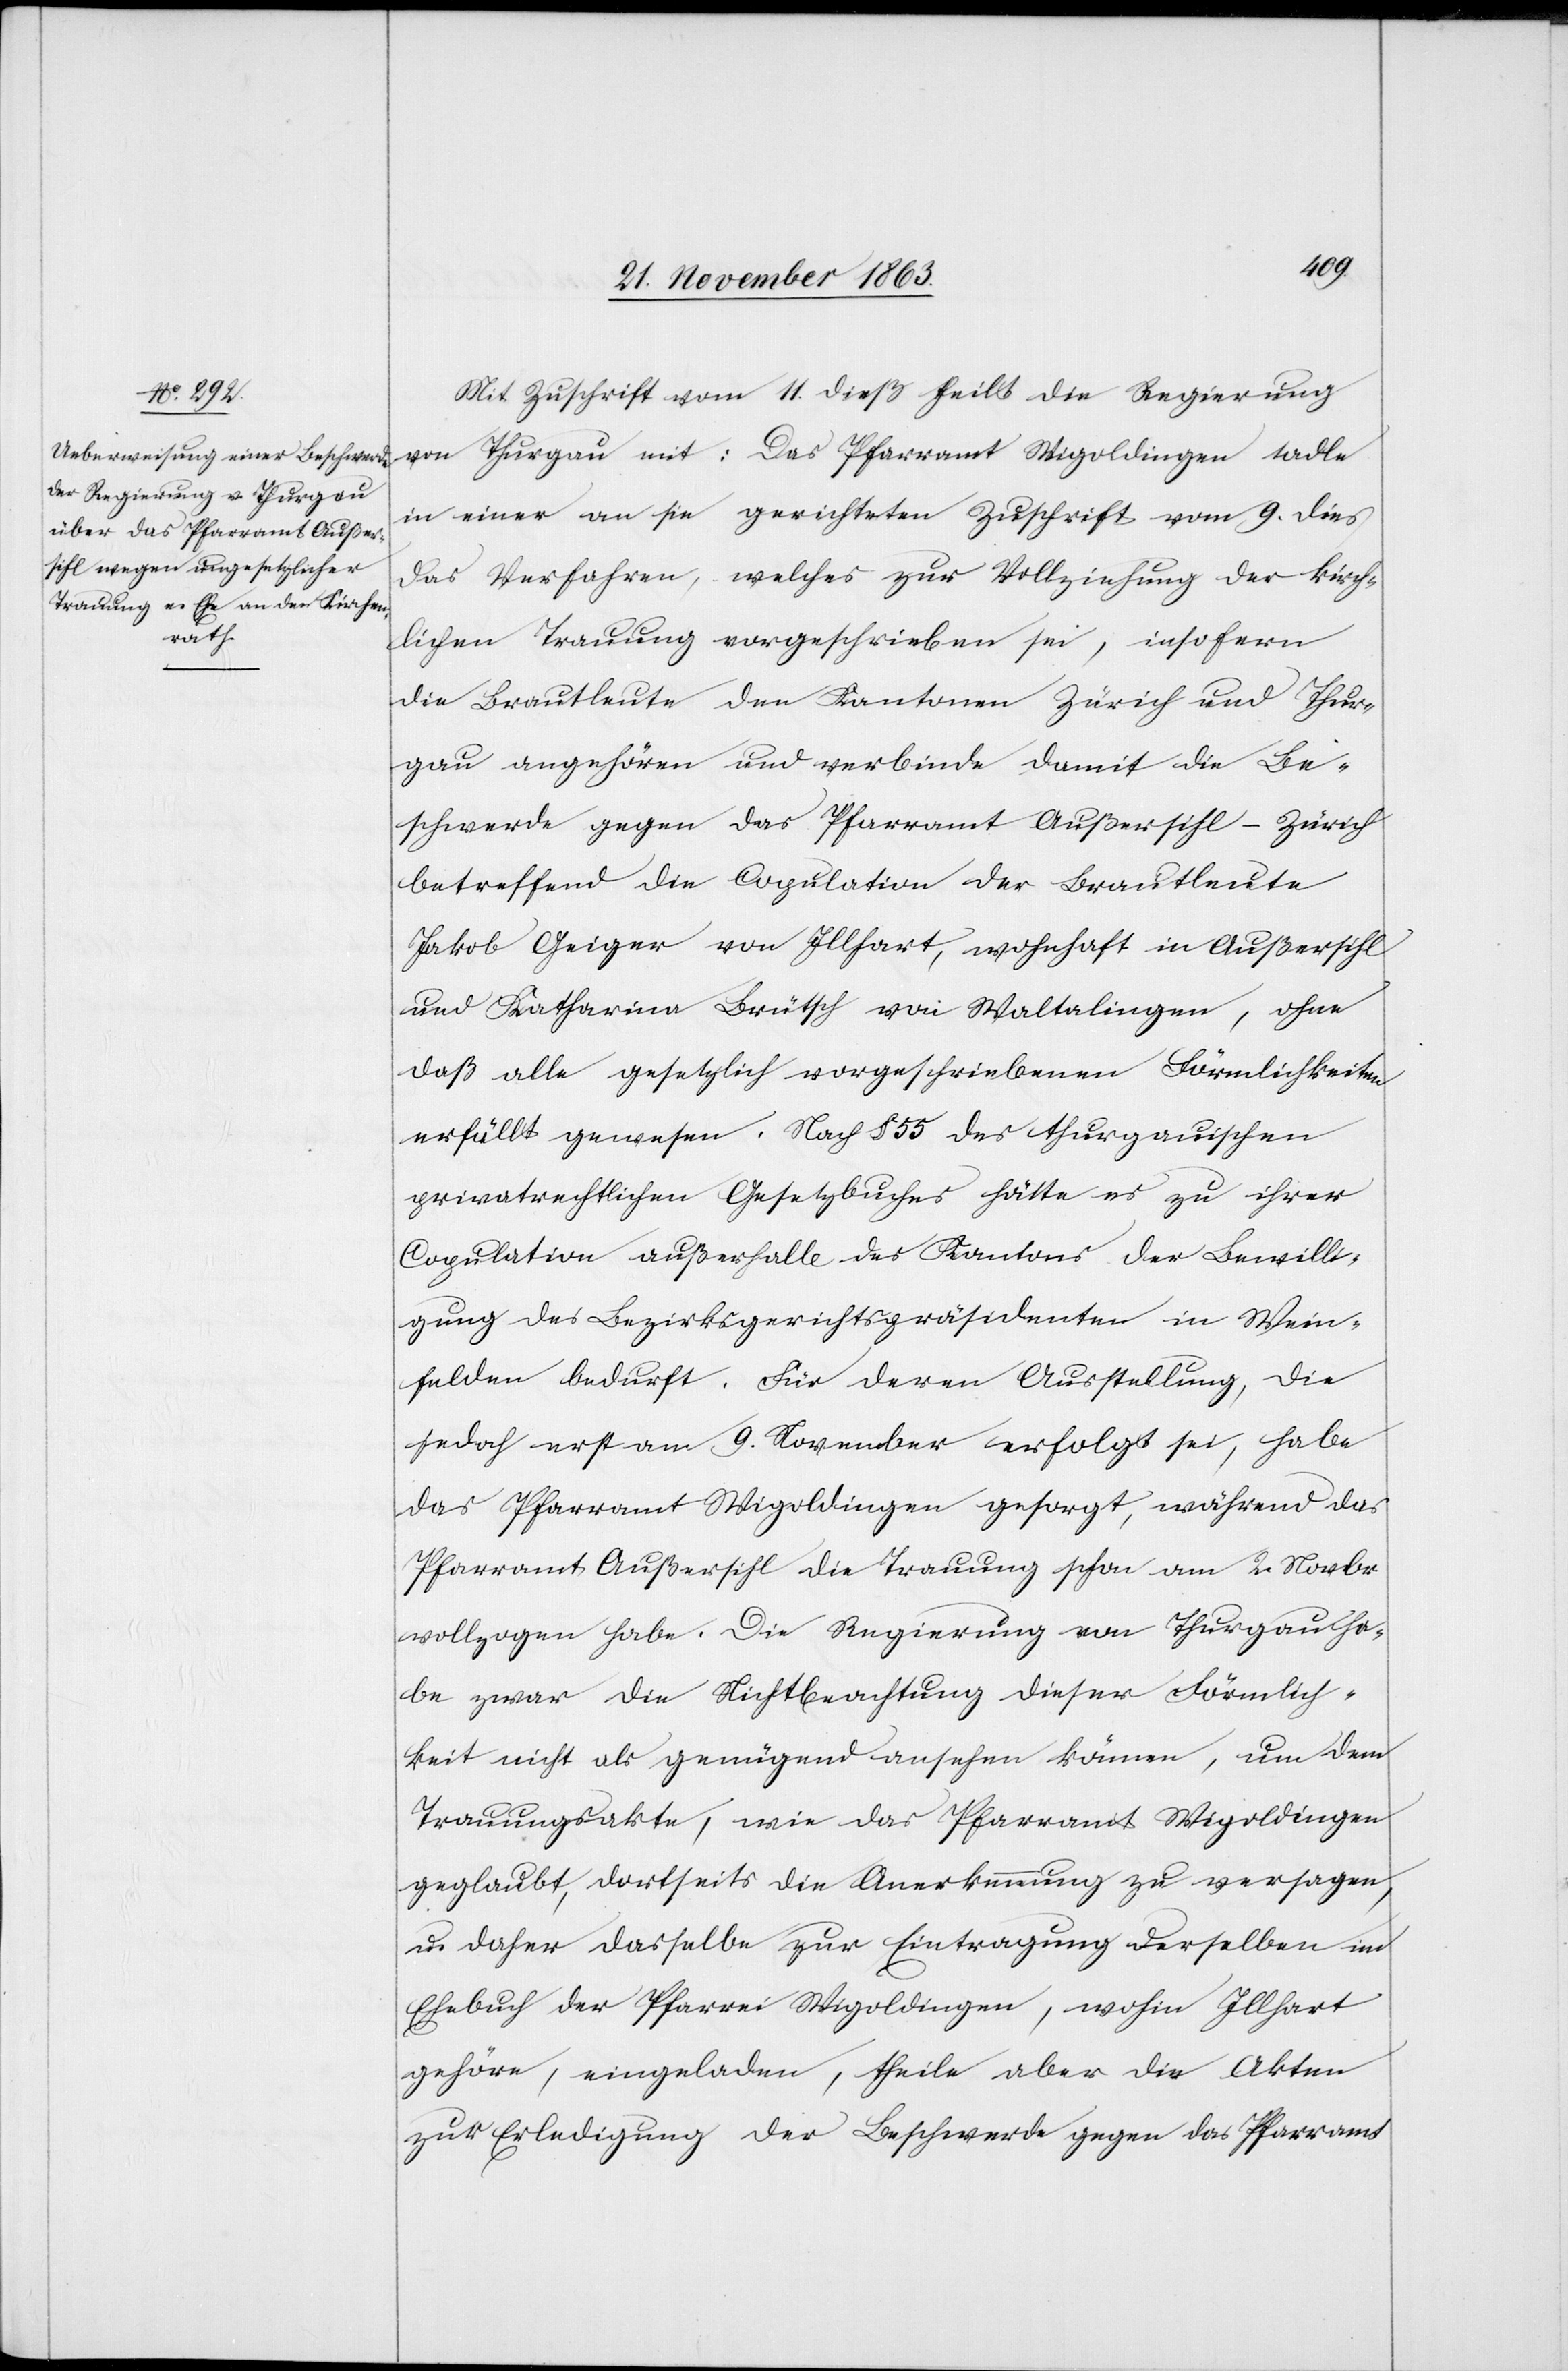
Mit Zuschrift vom 11. dieß theilt die Regierung
von Thurgau mit: Das Pfarramt Wigoldingen tadle
in einer an sie gerichteten Zuschrift vom 9. dies
das Verfahren, welches zur Vollziehung der kirch¬
lichen Trauung vorgeschrieben sei, insofern
die Brautleute den Kantonen Zürich und Thur¬
gau angehören und verbinde damit die Be¬
schwerde gegen das Pfarramt Außersihl-Zürich
betreffend die Copulation der Brautleute
Jakob Geiger von Illhart, wohnhaft in Außersihl
und Katharina Brütsch von Waltalingen, ohne
daß alle gesetzlich vorgeschriebenen Förmlichkeiten
erfüllt gewesen. Nach § 55 des thurgauischen
privatrechtlichen Gesetzbuches hätte es zu ihrer
Copulation außerhalb des Kantons der Bewilli¬
gung des Bezirksgerichtspräsidenten in Wein¬
felden bedurft. Für deren Ausstellung, die
jedoch erst am 9. November erfolgt sei, habe
das Pfarramt Wigoldingen gesorgt, während das
Pfarramt Außersihl die Trauung schon am 2. Novbr
vollzogen habe. Die Regierung von Thurgau ha¬
be zwar die Nichtbeachtung dieser Förmlich¬
keit nicht als genügend ansehen können, um dem
Trauungsakte, wie das Pfarramt Wigoldingen
geglaubt, dortseits die Anerkennung zu versagen,
u. daher dasselbe zur Eintragung derselben im
Ehebuch der Pfarrei Wigoldingen, wohin Illhart
gehöre, eingeladen, theile aber die Akten
zur Erledigung der Beschwerde gegen das Pfarramt